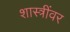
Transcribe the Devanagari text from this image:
शास्त्रींवर